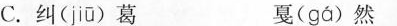
C.纠( jiū )葛 戛( gá )然